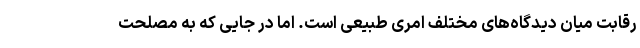
رقابت میان دیدگاه‌های مختلف امری طبیعی است. اما در جایی که به مصلحت